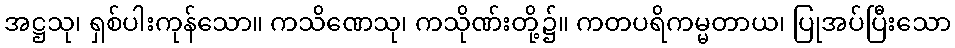
အဋ္ဌသု၊ ရှစ်ပါးကုန်သော။ ကသိဏေသု၊ ကသိုဏ်းတို့၌။ ကတပရိကမ္မတာယ၊ ပြုအပ်ပြီးသော